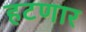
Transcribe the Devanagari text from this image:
हटणार